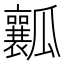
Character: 瓤